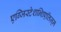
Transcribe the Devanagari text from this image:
एग्जिस्टेशन्शिएलिज़्म